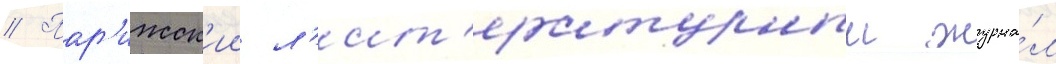
// Пар'ижск'ии л'ит'ературныи журна́л